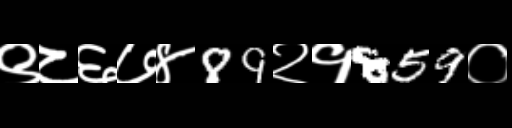
Text: ९८६७४89२१859०